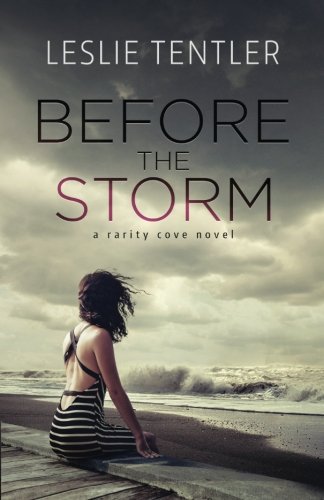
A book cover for Before the Storm; Leslie Tentler; Romance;